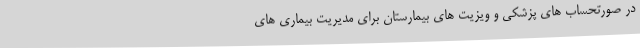
در صورتحساب های پزشکی و ویزیت های بیمارستان برای مدیریت بیماری های